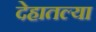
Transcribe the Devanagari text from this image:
देहातल्या